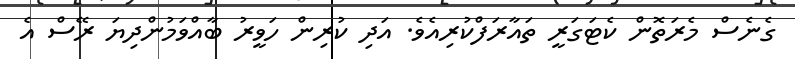
ގެނެސް މެރަތޮން ކެޓަގަރީ ތައާރަފްކުރިއެވެ. އަދި ކުރިން ހަވީރު ބާއްވަމުންދިޔަ ރޭސް އެ